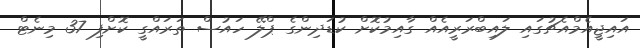
އައިޖީއެމްއެޗުގައި ލައިބްރަރީއެއް ގާއިމުކޮށް ކުޑަދިންގެ ޕްލޭ ހައުސް ތަރައްގީ ކޮށްފި 37 މިނެޓް